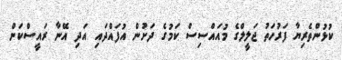
ކުޅުންތެރިޔާ ފަރުހަތު ޖަލީލްގެ މުއައްސިސް ކަމުގެ ދަށުން އުފައްދައި އަދި އޭނާ ރައީސްކަން